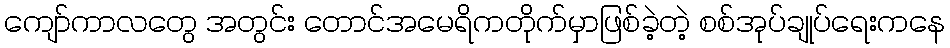
ကျော်ကာလတွေ အတွင်း တောင်အမေရိကတိုက်မှာဖြစ်ခဲ့တဲ့ စစ်အုပ်ချုပ်ရေးကနေ